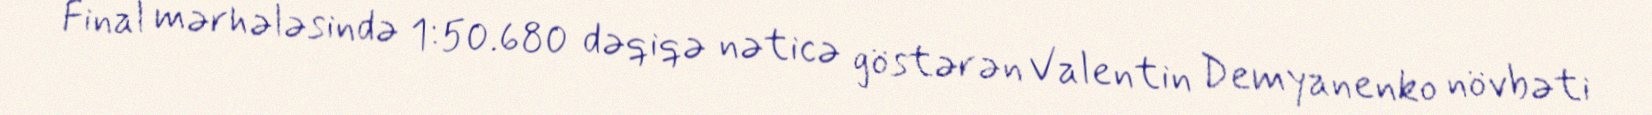
Final mərhələsində 1:50.680 dəqiqə nəticə göstərən Valentin Demyanenko növbəti